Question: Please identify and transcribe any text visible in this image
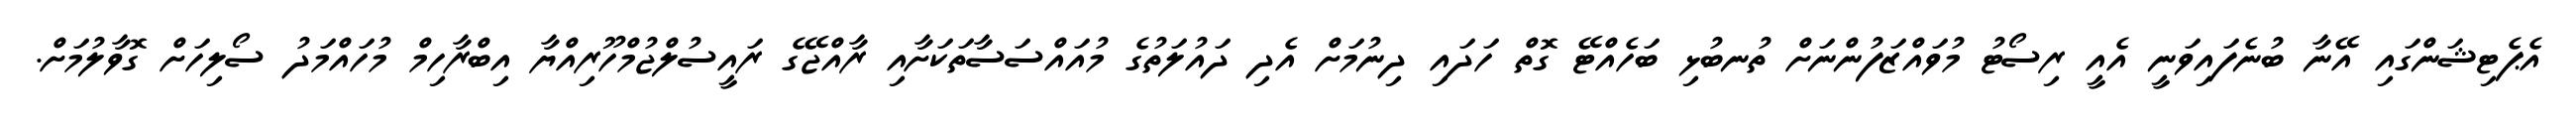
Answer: އެޕެޓިޝަންގައި އޭނާ ބުނެފައިވަނީ އެއީ ރިސޯޓު މުވައްޒަފުންނަށް ތުނބުޅި ބަހެއްޓޭ ގޮތް ހަދައި ދިނުމަށް އެދި ދައުލަތުގެ މުއައްސަސާތަކަށާއި ރާއްޖޭގެ ރައީސުލްޖުމްހޫރިއްޔާ އިބްރާހިމް މުހައްމަދު ސޯލިހަށް ގޮވާލުމަށް.